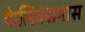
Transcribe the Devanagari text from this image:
फेलिक्समास